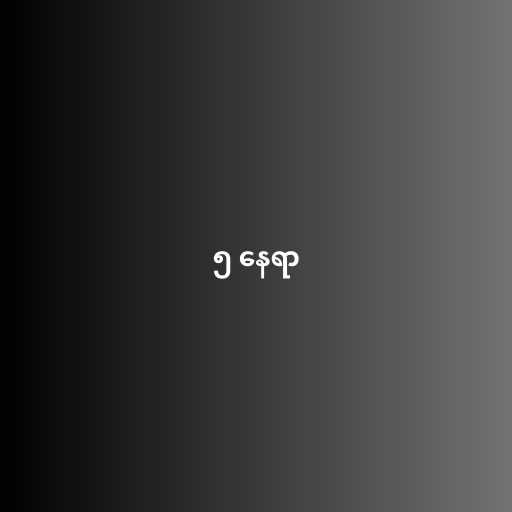
၅ နေရာ